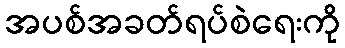
အပစ်အခတ်ရပ်စဲရေးကို